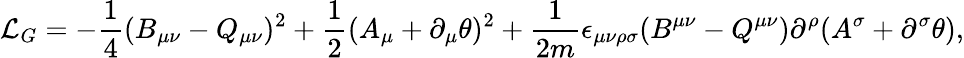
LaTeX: {\cal L}_{G}=-\frac{1}{4}(B_{\mu\nu}-Q_{\mu\nu})^{2}+\frac{1}{2}(A_{\mu}+\partial_{\mu}\theta)^{2}+\frac{1}{2m}\epsilon_{\mu\nu\rho\sigma}(B^{\mu\nu}-Q^{\mu\nu})\partial^{\rho}(A^{\sigma}+\partial^{\sigma}\theta),